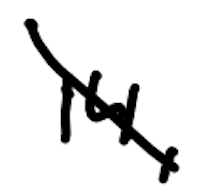
Text: 14,
Cross-out: diagonal
Writing tool: digital_black